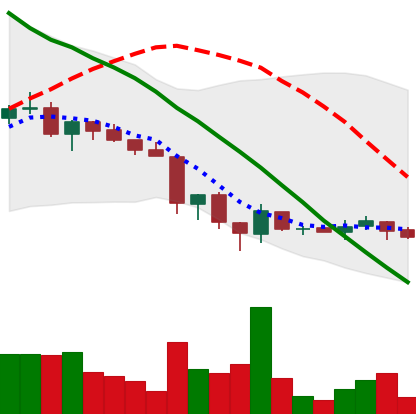
Ticker: ADA-USD
Chart end date: 2018-06-21
Forward return: -20.47%
Label: down_7plus